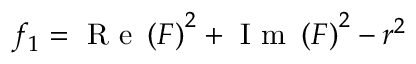
f _ { 1 } = \mathrm { ~ R ~ e ~ } \left( F \right) ^ { 2 } + \mathrm { ~ I ~ m ~ } \left( F \right) ^ { 2 } - r ^ { 2 }